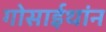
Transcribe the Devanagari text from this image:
गोसाईथांन